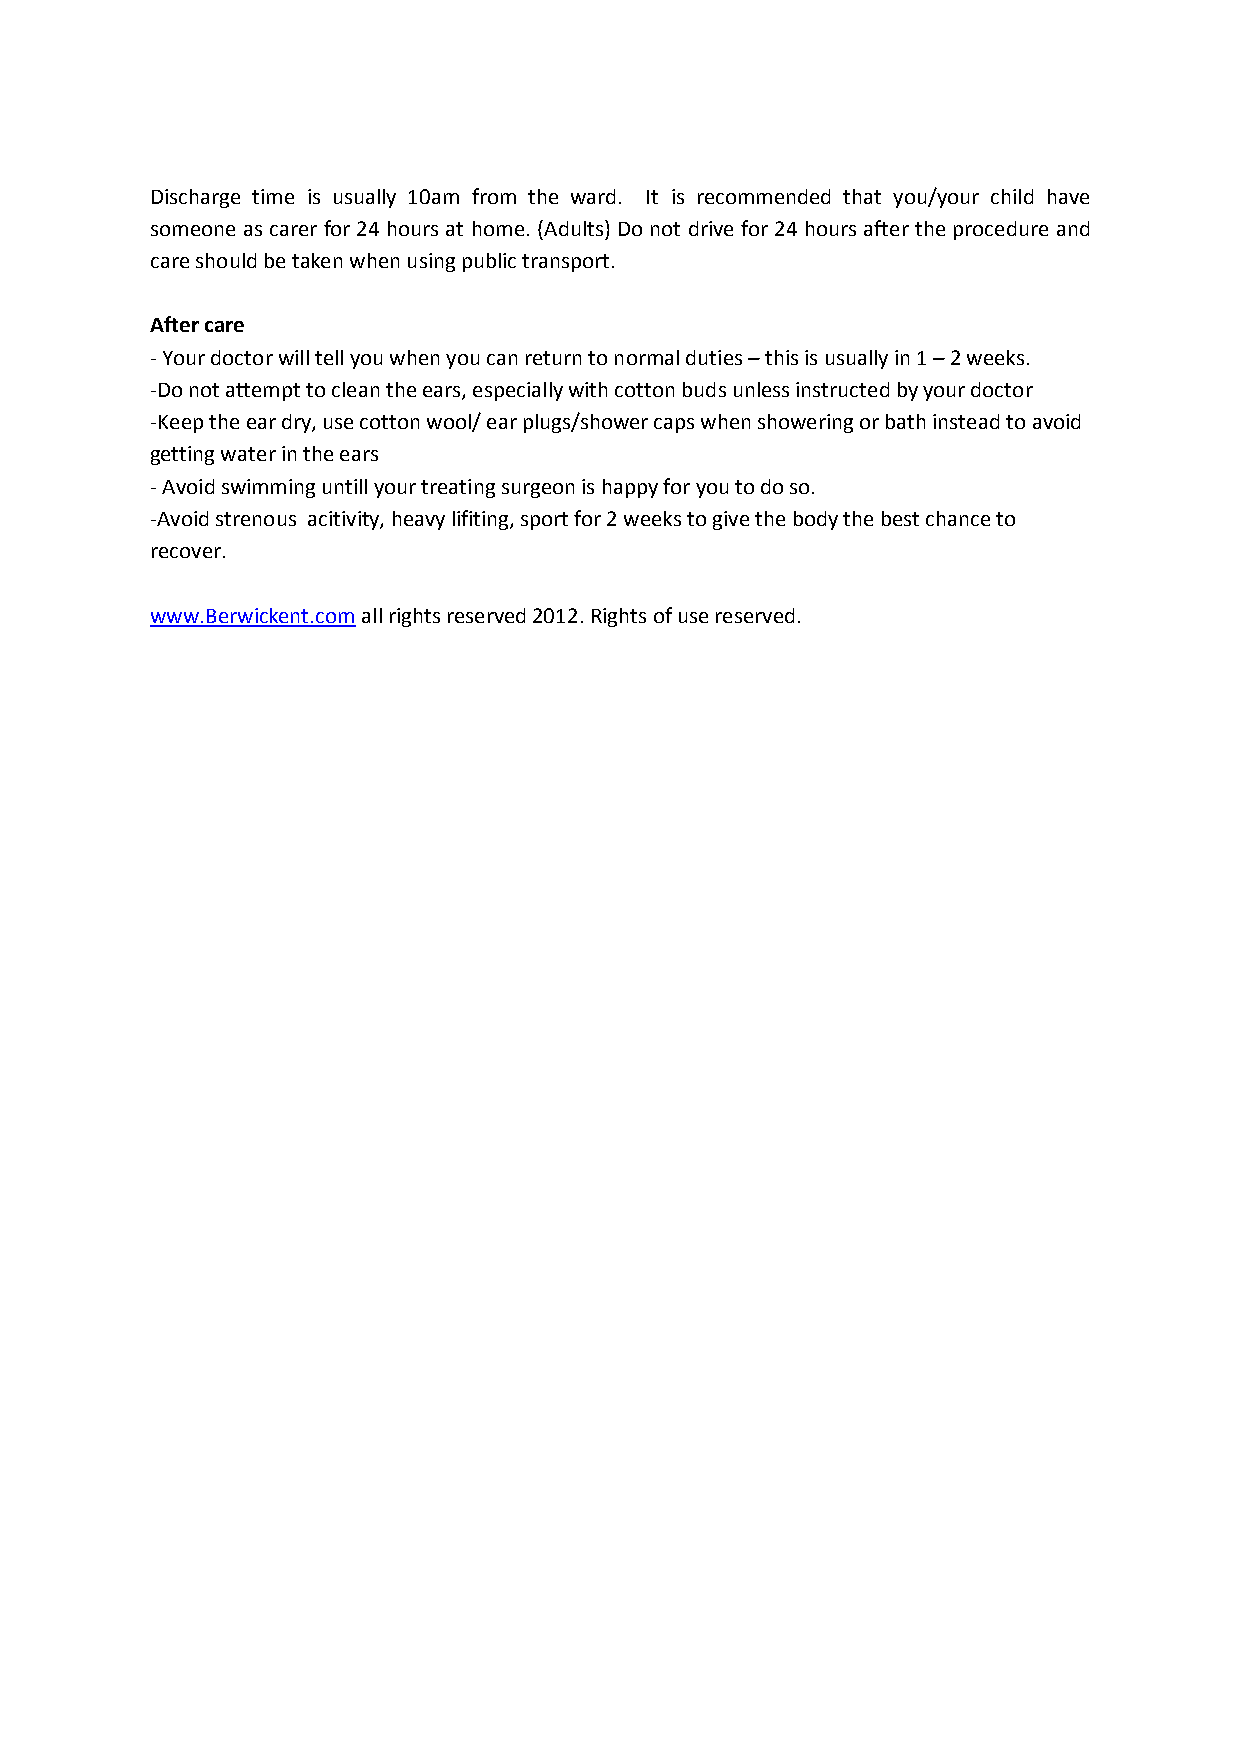
Discharge time is usually 10am from the ward. It is recommended that you/your child have
 someone as carer for 24 hours at home. (Adults) Do not drive for 24 hours after the procedure and
 care should be taken when using public transport.
 After care
 - Your doctor will tell you when you can return to normal duties – this is usually in 1 – 2 weeks.
 -Do not attempt to clean the ears, especially with cotton buds unless instructed by your doctor
 -Keep the ear dry, use cotton wool/ ear plugs/shower caps when showering or bath instead to avoid
 getting water in the ears
 - Avoid swimming untill your treating surgeon is happy for you to do so.
 -Avoid strenous acitivity, heavy lifiting, sport for 2 weeks to give the body the best chance to
 recover.
 www.Berwickent.com all rights reserved 2012. Rights of use reserved.